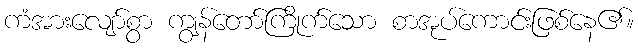
ကံအားလျော်စွာ ကျွန်တော်ကြိုက်သော စာအုပ်ကောင်းဖြစ်နေ၏။